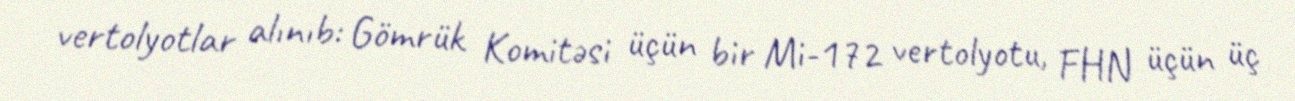
vertolyotlar alınıb: Gömrük Komitəsi üçün bir Mi-172 vertolyotu, FHN üçün üç